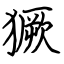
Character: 獗